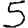
Digit: 5